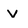
Character: v